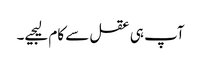
آپ ہی عقل سے کام لیجیے۔